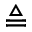
\triangleq